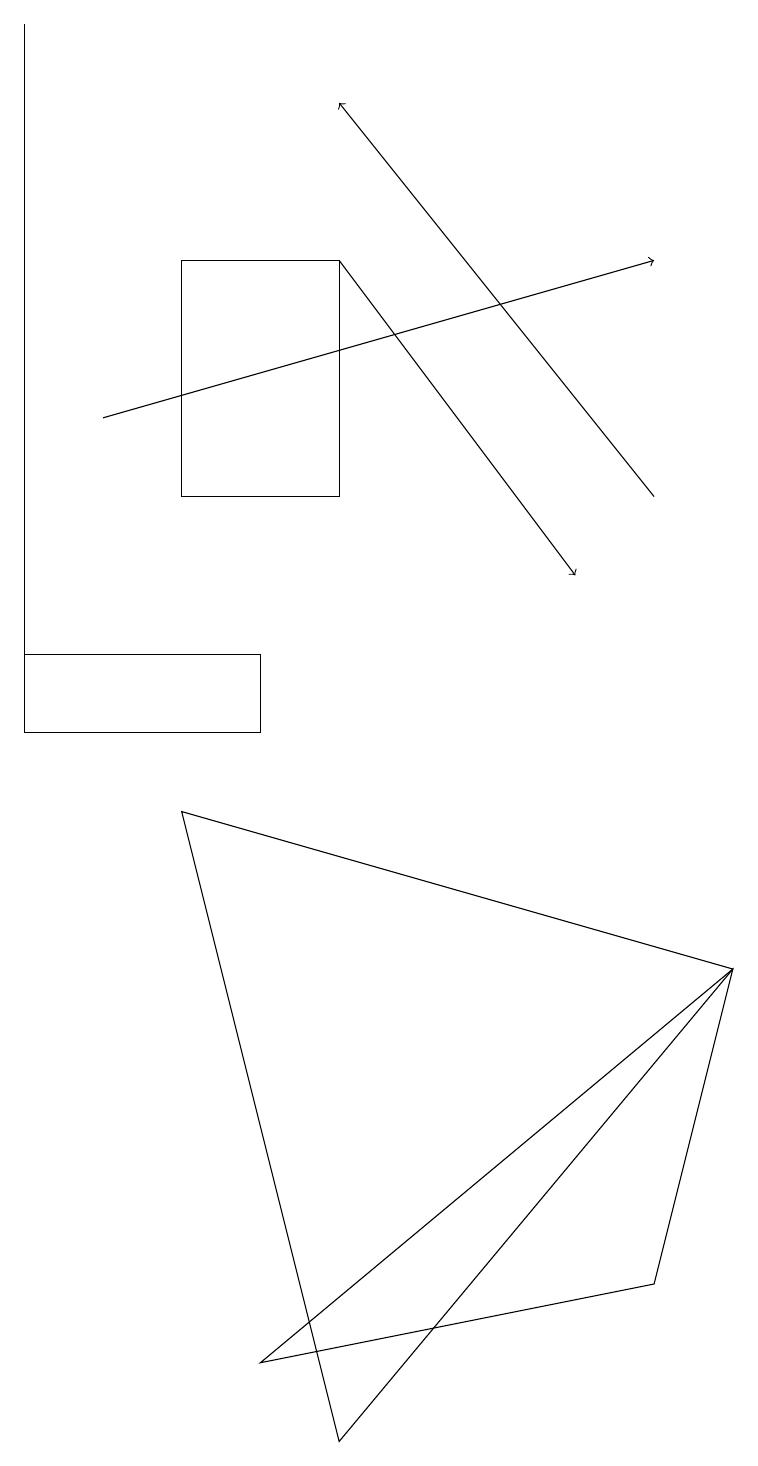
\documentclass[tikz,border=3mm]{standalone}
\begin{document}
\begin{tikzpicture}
\draw[->] (1,14) -- (8,16);
\draw (4,1) -- (9,7) -- (2,9) -- cycle;
\draw (3,10) rectangle (0,11);
\draw (8,3) -- (3,2) -- (9,7) -- cycle;
\draw (0,19) rectangle (0,11);
\draw[->] (4,16) -- (7,12);
\draw (4,13) rectangle (2,16);
\draw[->] (8,13) -- (4,18);
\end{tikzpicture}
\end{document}